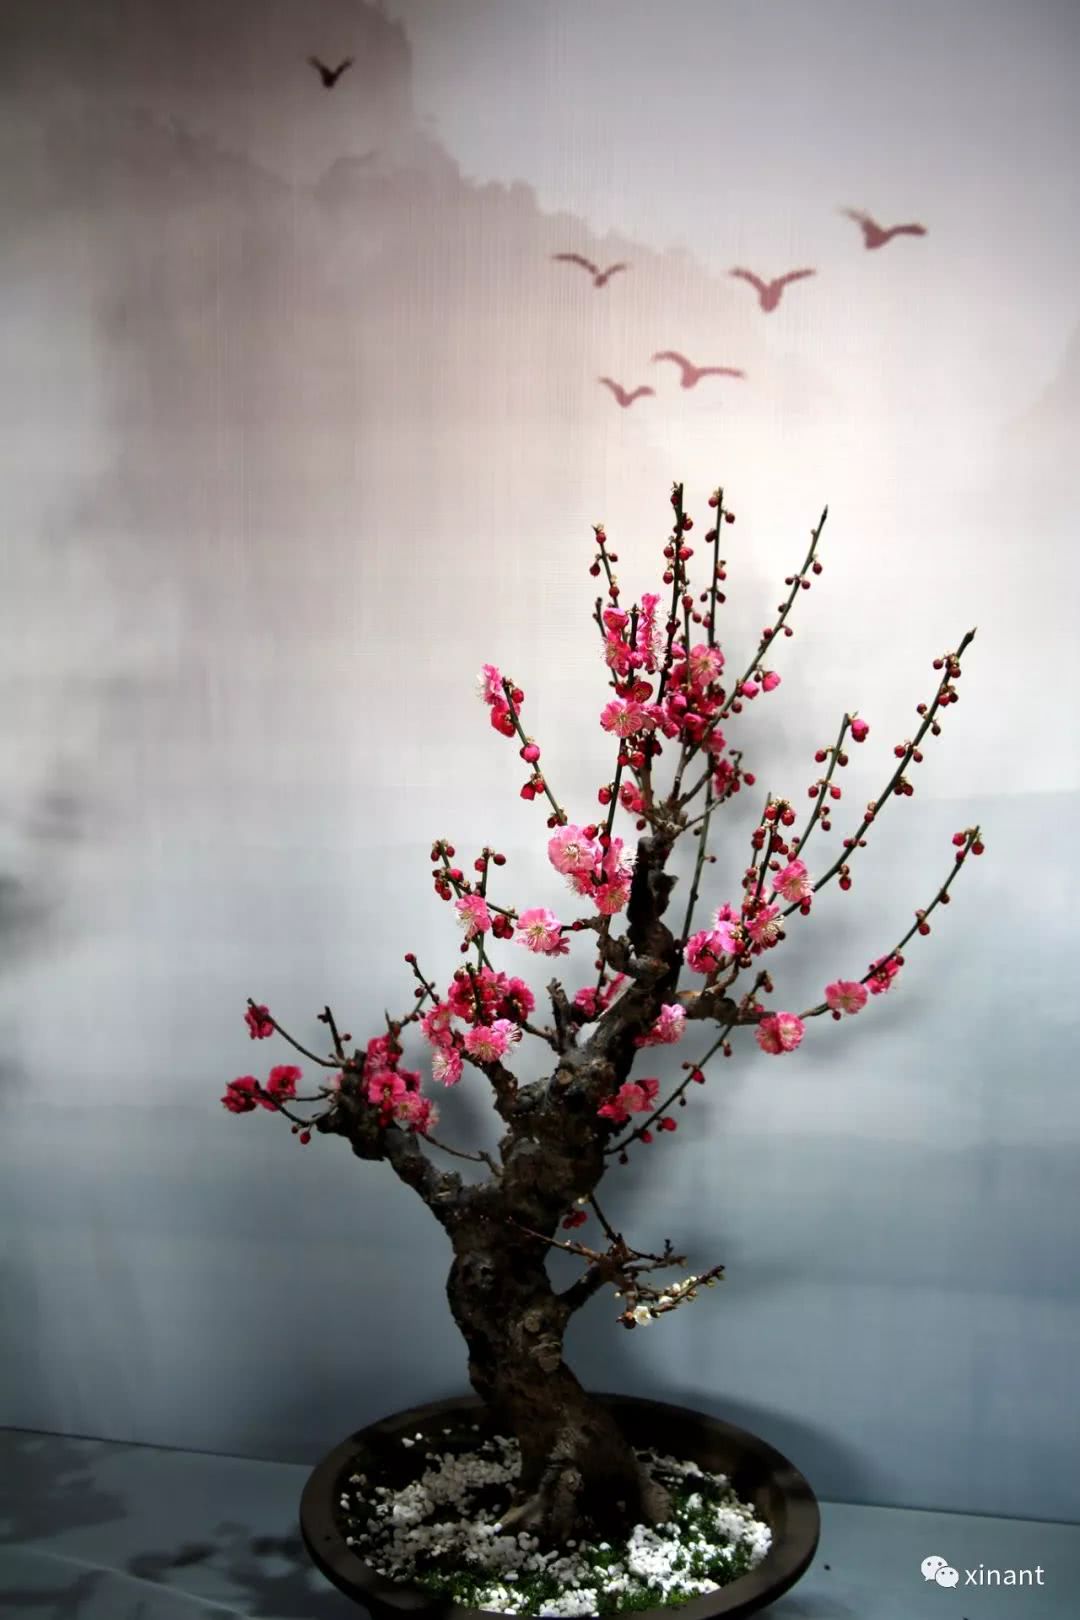
重唱梅边新度曲，催发寒梢冻蕊。